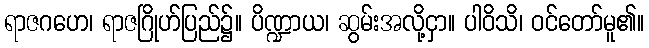
ရာဇဂဟေ၊ ရာဇဂြိုဟ်ပြည်၌။ ပိဏ္ဍာယ၊ ဆွမ်းအလို့ငှာ။ ပါဝိသိ၊ ဝင်တော်မူ၏။